Annual administration and progress report of the Indian Medical Department, Bombay
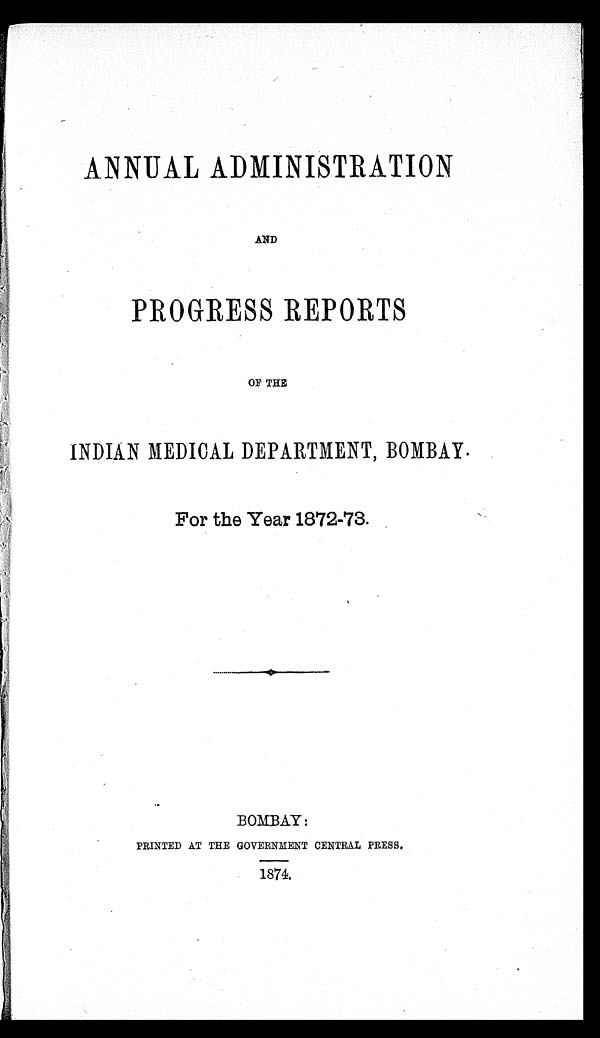
ANNUAL ADMINISTRATION
AND
PROGRESS REPORTS
OF THE
INDIAN MEDICAL DEPARTMENT, BOMBAY.
For the Year 1872-73.
BOMBAY :
PRINTED AT THE GOVERNMENT CENTRAL PRESS.
1874.